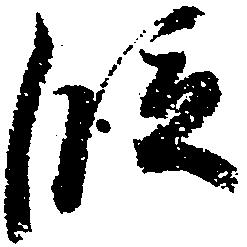
段